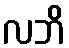
လဘိ